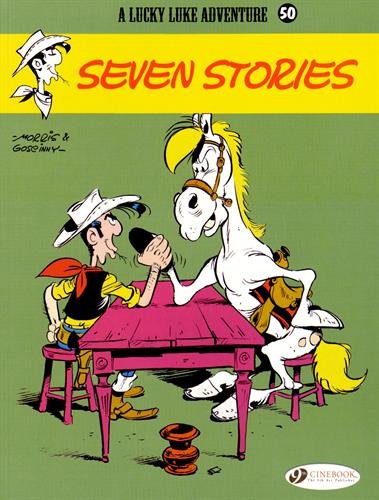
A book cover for Seven Stories: Lucky Luke (Vol. 50); R. Goscinny; Comics & Graphic Novels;